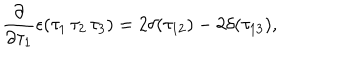
LaTeX: \frac { \partial } { \partial \tau _ { 1 } } \epsilon ( \tau _ { 1 } \, \tau _ { 2 } \, \tau _ { 3 } ) = 2 \delta ( \tau _ { 1 2 } ) - 2 \delta ( \tau _ { 1 3 } ) ,